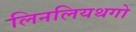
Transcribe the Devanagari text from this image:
लिनलियथगो